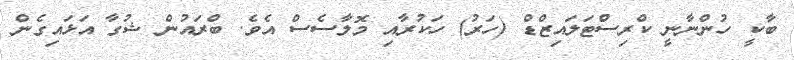
ބާކީ ހުންނާނީ ކްރިސްޓަލައިޒްޑް (ހަރު) ހަކުރާއި މޮލާސެސް އެވެ. ބްރައުން ޝުގާ އަޅައިގެން